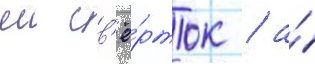
еи св'ё́рток / а́